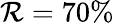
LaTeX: \mathcal{R}=70\%